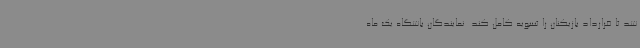
شد تا قرارداد بازیکنان را تسویه کامل کند. نمایندگان باشگاه یک ماه